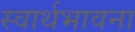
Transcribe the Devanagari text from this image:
स्वार्थभावना